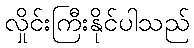
လှိုင်းကြီးနိုင်ပါသည်